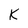
Character: K